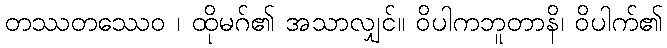
တဿတဿေဝ ၊ ထိုမဂ်၏ အသာလျှင်။ ဝိပါကဘူတာနိ၊ ဝိပါက်၏